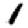
Digit: 1